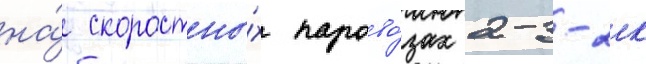
на́ скоростны́х парово́зах 2-3-2к